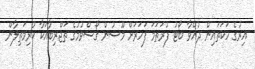
އިރުގެ ހަކަތައިން ދުއްވާ ބޯޓު ފުރަަތަމަ ފަހަރަށް މޫސުން ގޯސްވުމުގެ ތަޖްރިބާއަކާ ކުރިމަތިލާން